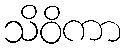
သိဝိကာ